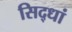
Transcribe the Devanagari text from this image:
सिद्धां